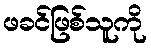
ဖခင်ဖြစ်သူကို